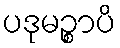
ပဒုမဉ္စာပိ